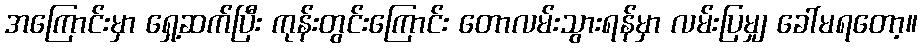
အကြောင်းမှာ ရှေ့ဆက်ပြီး ကုန်းတွင်းကြောင်း တောလမ်းသွားရန်မှာ လမ်းပြမျှ ခေါ်မရတော့။